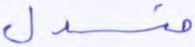
منسدل